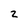
Character: 2